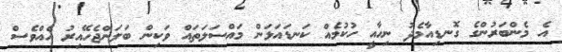
އެ މެންބަރުންގެ ގޮނޑިއާމެދު ނިހާއީ ހުކުމެއް ކަނޑައަޅަން މައްސަލަތައް ވަކިން ބަލަންޖެހޭއިރު އެއްވެސް